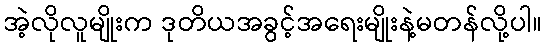
အဲ့လိုလူမျိုးက ဒုတိယအခွင့်အရေးမျိုးနဲ့မတန်လို့ပါ။